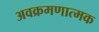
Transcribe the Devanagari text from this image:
अवक्रमणात्मक